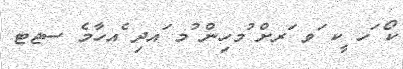
ކޯ ަހ ީކ ަވ ަރށް ުމހިން ުމ ައދި ެއހާމެ ސޖޓ